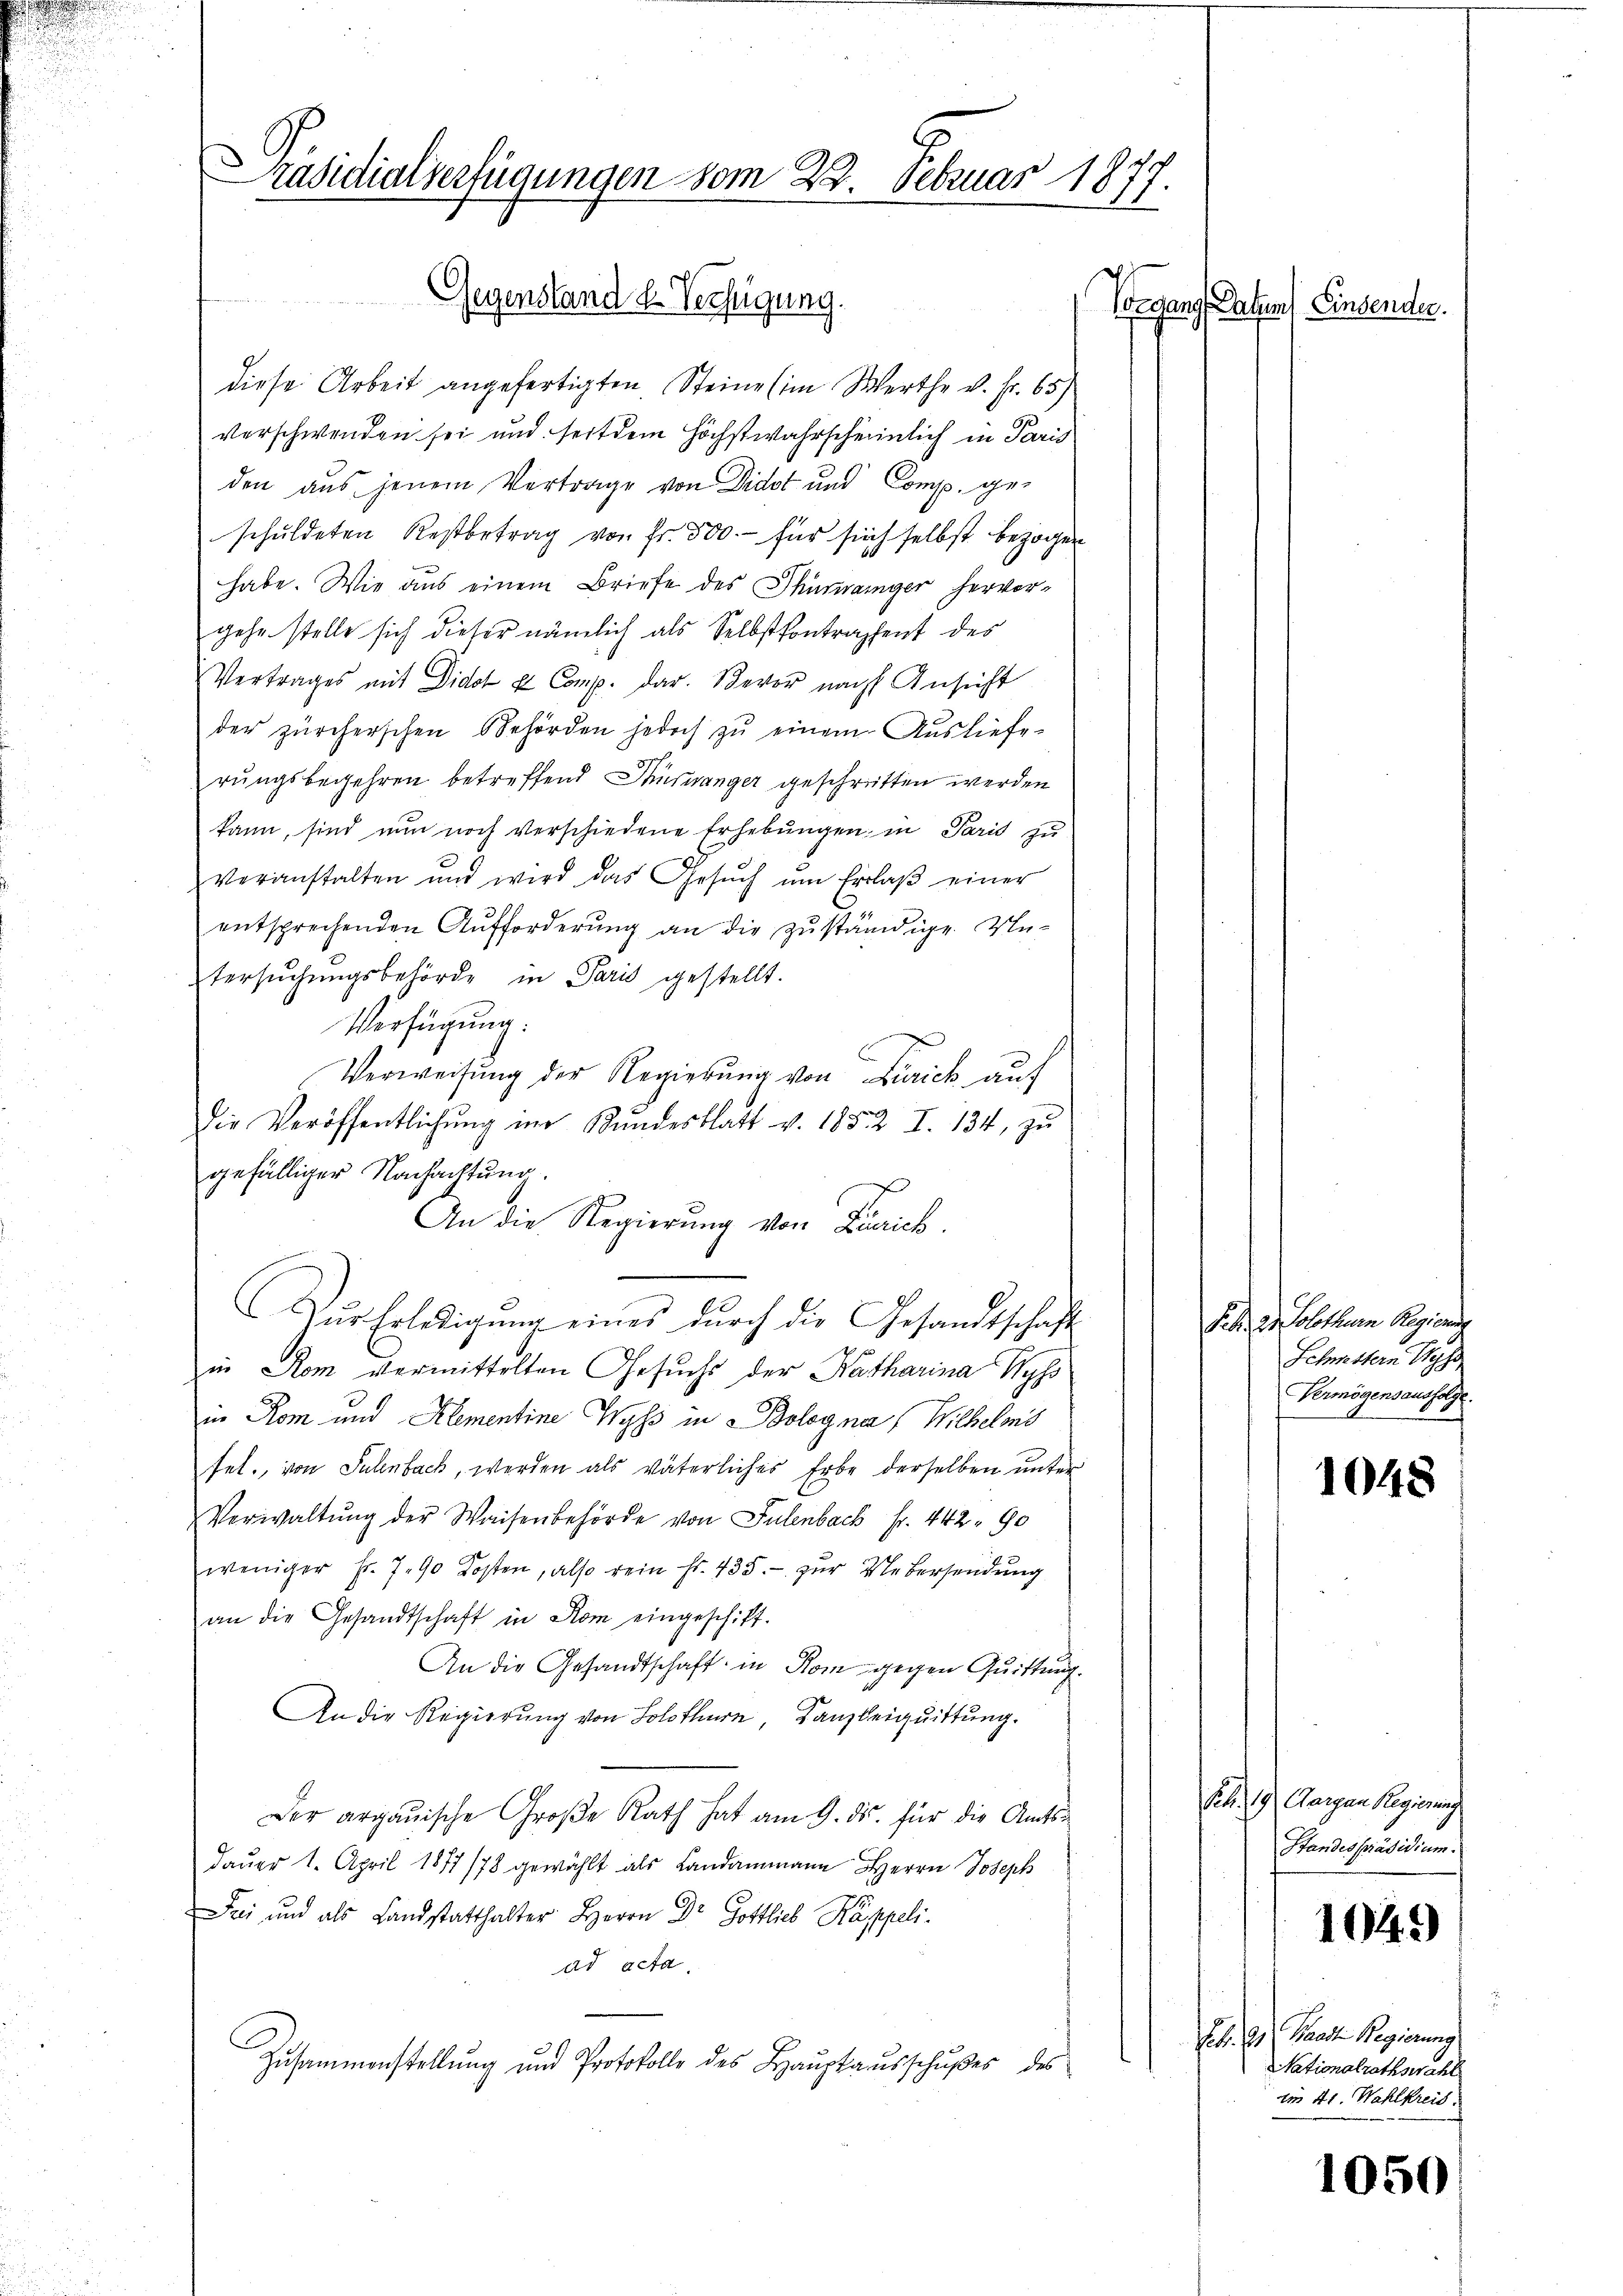
.

e

Präsidialverfügungen vom 22. Februar 1877
Gegenstand de Verfügung.
Vorgang Datum) Einsenden.

diese Arbeit angefertigten Steine (im Werthe v. Fr. 65)
verschwenden sei und seitdem höchstwahrscheinlich in Paris
den aus jenem Vertrage von Didot und Comp. ge-
schuldeten Restbetrag von Fr. 500.- für sich selbst bezogen
habe. Wie aus einem Briefe des Thurwaiger hervor-
gehe stelle sich dieser nämlich als Selbstkontraphent des
Vertrages mit Dido & Comp. dar. Bevor nach Ansicht
der zürcherschen Behörden jedoch zŭ einem Aŭsliefe
rungsbegehren betreffend Thurganger geschritten werden
kann, sind nun noch verschiedene Erhebungen in Paris zu
veranstalten und wird das Gesŭch ŭm Erlaβ einer
entsprechenden Aufforderung an die zuständige Untersŭchŭngsbehörde in Paris gestellt.
Verfügung:
Verweisŭng der Regierŭng von Zürich aŭf
Die Veröffentlichŭng im Stundesblatt v. 1852 I. 134, zŭ
gefälliger Nachachtung.
f
An die Regierung von Zürich.
Zur Erledigung eines durch die Gesandtschaft
in Rom vermittelten Gesuchs der Katharina Sypho
in Rom und Klementine Wyss in Bologna Wilhelms
fel., von Sulenbach, werden als väterliches Erbe derselben unter
Verwaltŭng der Waisenbehörde von Sulenbach Fr. 442. 90
weniger Fr. 790 Kosten, also rein Fr. 435. - zur Uebersendung
an die Gesandtschaft in Rom eingeschiff.
An die Gesandtschaft in Rom gegen Quittung.
An die Regierung von Solothurn Kanzleiquittung.
Der argauische Große Rath hat am 9. ds. für die Amts¬
Dauer 1. April 1877/78 gewählt als Landammann Herrn Joseph
ei und als Landstatthalter Herrn Dr. Gottlieb Kappeli-
ad acta
Zusammenstellung und Protokolle des Haŭptaŭsschußes des

Febr. ad Solothum Besiens
Schmettern Messe
Vermögensausfolge

1048

Feb. 19, Aargau Regierung
Standespräsidium.
1049)

Feb. 2. Brande Regierung
Nationalrathswahl
im 41. Wahlkreis.

1050